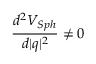
\frac { d ^ { 2 } V _ { S p h } } { d \vert q \vert ^ { 2 } } \ne 0